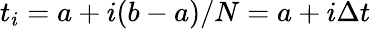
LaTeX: t_{i}=a+i(b-a)/N=a+i\Delta t